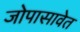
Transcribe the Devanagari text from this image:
जोपासावेत